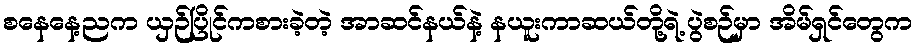
စနေနေ့ညက ယှဉ်ပြိုင်ကစားခဲ့တဲ့ အာဆင်နယ်နဲ့ နယူးကာဆယ်တို့ရဲ့ ပွဲစဉ်မှာ အိမ်ရှင်တွေက